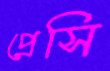
প্রেসি